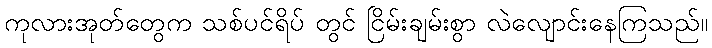
ကုလားအုတ်တွေက သစ်ပင်ရိပ် တွင် ငြိမ်းချမ်းစွာ လဲလျောင်းနေကြသည်။